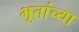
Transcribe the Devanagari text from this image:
भूतांच्या